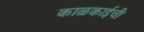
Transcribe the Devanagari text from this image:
काळकाईची